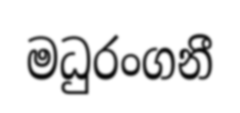
මධුරංගනී